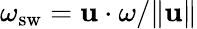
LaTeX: \omega_{\mathrm{sw}}=\mathbf{u}\cdot\mathbf{\omega}/\Vert\mathbf{u}\Vert